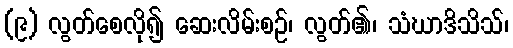
(၉) လွတ်စေလို၍ ဆေးလိမ်းစဉ်၊ လွတ်၏၊ သံဃာဒိသိသ်၊